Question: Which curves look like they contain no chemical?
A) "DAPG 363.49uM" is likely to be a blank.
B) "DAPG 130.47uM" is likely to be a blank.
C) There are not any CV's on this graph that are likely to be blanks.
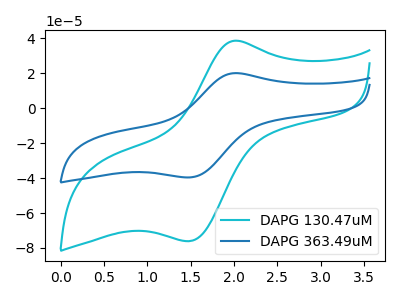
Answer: <think>The cyan curve "DAPG 130.47uM" has an anodic peak at (2.05V, 38.70uA) and a cathodic peak at (1.50V, -76.10uA). The blue curve "DAPG 363.49uM" has an anodic peak at (2.05V, 20.15uA) and a cathodic peak at (1.50V, -39.60uA).</think>
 <answer>C) There are not any CV's on this graph that are likely to be blanks.</answer>
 <eval>C</eval>